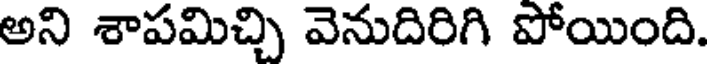
అని శాపమిచ్చి వెనుదిరిగి పోయింది.